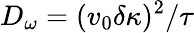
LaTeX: D_{\omega}=(v_{0}\delta\kappa)^{2}/\tau